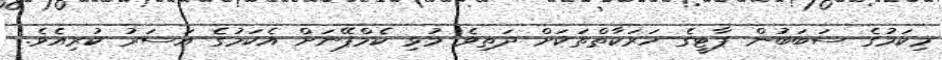
މިކަމުގެ ސަބަބުން ޕާޓީގެ ހަރަކާތްތަކަށް ދަތިވެ މުޅި ކެމްޕޭނަށް އެކަމުގެ އަސަރު ކުރިއެވެ.